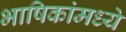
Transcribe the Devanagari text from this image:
भाषिकांमध्ये